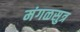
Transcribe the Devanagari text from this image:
मंगळसुत्र